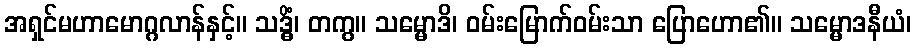
အရှင်မဟာမောဂ္ဂလာန်နှင့်။ သဒ္ဓိံ၊ တကွ။ သမ္မောဒိ၊ ဝမ်းမြောက်ဝမ်းသာ ပြောဟော၏။ သမ္မောဒနီယံ၊